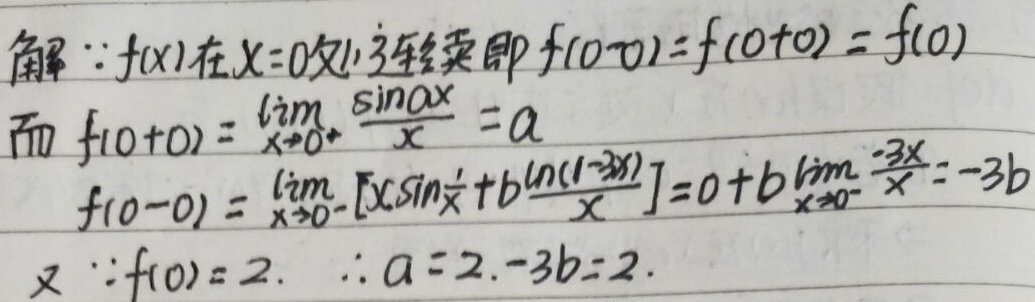
解：\(f(x)\)在\(x = 0\)处连续，即\(f(0 - 0)=f(0 + 0)=f(0)\)。

而\(f(0 + 0)=\lim_{x\rightarrow0^{+}}\frac{\sin ax}{x}=a\)，

\(f(0 - 0)=\lim_{x\rightarrow0^{-}}\left[x\sin\frac{1}{x}+b\frac{\ln(1 - 3x)}{x}\right]=0 + b\lim_{x\rightarrow0^{-}}\frac{-3x}{x}=-3b\)。

又\(\because f(0)=2\)，\(\therefore a = 2\)，\(-3b = 2\)。